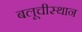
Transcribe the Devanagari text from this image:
बलूचीस्थान